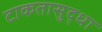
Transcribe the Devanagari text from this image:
टाकतासुद्धा